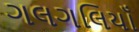
ગલગલિયાઁ